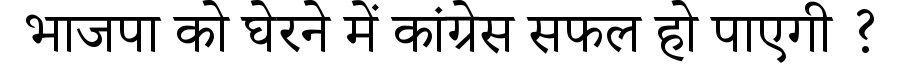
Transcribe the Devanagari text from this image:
भाजपा को घेरने में कांग्रेस सफल हो पाएगी ?